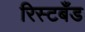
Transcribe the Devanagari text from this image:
रिस्टबँड